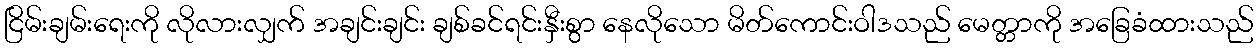
ငြိမ်းချမ်းရေးကို လိုလားလျှက် အချင်းချင်း ချစ်ခင်ရင်းနှီးစွာ နေလိုသော မိတ်ကောင်းဝါဒသည် မေတ္တာကို အခြေခံထားသည်